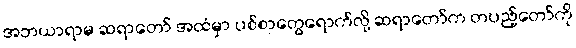
အဘယာရာမ ဆရာတော် အထံမှာ ပစ်စာတွေရောက်လို့ ဆရာတော်က တပည့်တော်ကို